Indian journal of veterinary science and animal husbandry - Volumes 18-21, 1948-1951
Year: 1948
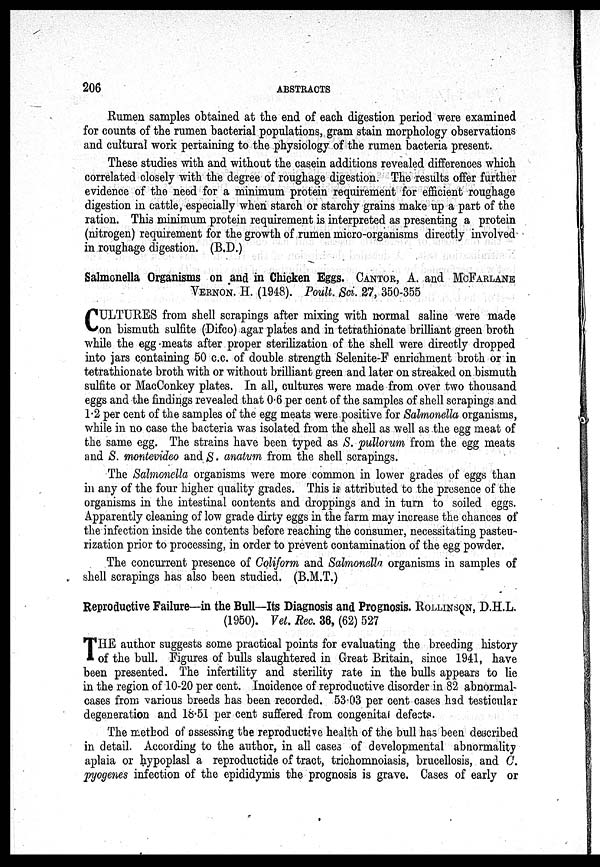
206
ABSTRACTS
Rumen samples obtained at the end of each digestion period were examined
for counts of the rumen bacterial populations, gram stain morphology observations
and cultural work pertaining to the physiology of the rumen bacteria present.
These studies with and without the casein additions revealed differences which
correlated closely with the degree of roughage digestion. The results offer further
evidence of the need for a minimum protein requirement for efficient roughage
digestion in cattle, especially when starch or starchy grains make up a part of the
ration. This minimum protein requirement is interpreted as presenting a protein
(nitrogen) requirement for the growth of rumen micro-organisms directly involved
in roughage digestion. (B.D.)
Salmonella Organisms on and in Chicken Eggs. CANTOR, A. and MCFARLANE
VERNON. H. (1948). Poult. Sci. 27, 350-355
C ULTURES from shell scrapings after mixing with normal saline were made
on bismuth sulfite (Difco) agar plates and in tetrathionate brilliant green broth
while the egg meats after proper sterilization of the shell were directly dropped
into jars containing 50 c.c. of double strength Selenite-F enrichment broth or in
tetrathionate broth with or without brilliant green and later on streaked on bismuth
sulfite or MacConkey plates. In all, cultures were made from over two thousand
eggs and the findings revealed that 0.6 per cent of the samples of shell scrapings and
1.2 per cent of the samples of the egg meats were positive for Salmonella organisms,
while in no case the bacteria was isolated from the shell as well as the egg meat of
the same egg. The strains have been typed as S. pullorum from the egg meats
and S. montevideo and S. anatum from the shell scrapings.
The Salmonella organisms were more common in lower grades of eggs than
in any of the four higher quality grades. This is attributed to the presence of the
organisms in the intestinal contents and droppings and in turn to soiled eggs.
Apparently cleaning of low grade dirty eggs in the farm may increase the chances of
the infection inside the contents before reaching the consumer, necessitating pasteu-
rization prior to processing, in order to prevent contamination of the egg powder.
The concurrent presence of Coliform and Salmonella organisms in samples of
shell scrapings has also been studied. (B.M.T.)
Reproductive Failure—in the Bull—Its Diagnosis and Prognosis. ROLLINSON, D.H.L.
(1950). Vet. Rec. 36, (62) 527
T HE author suggests some practical points for evaluating the breeding history
of the bull. Figures of bulls slaughtered in Great Britain, since 1941, have
been presented. The infertility and sterility rate in the bulls appears to lie
in the region of 10-20 per cent. Incidence of reproductive disorder in 82 abnormal-
cases from various breeds has been recorded. 53.03 per cent cases had testicular
degeneration and 18.51 per cent suffered from congenital defects.
The method of assessing the reproductive health of the bull has been described
in detail. According to the author, in all cases of developmental abnormality
aplaia or hypoplasl a reproductide of tract, trichomnoiasis, brucellosis, and C.
pyogenes infection of the epididymis the prognosis is grave. Cases of early or